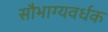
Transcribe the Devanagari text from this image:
सौभाग्यवर्धक